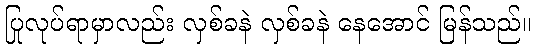
ပြုလုပ်ရာမှာလည်း လှစ်ခနဲ လှစ်ခနဲ နေအောင် မြန်သည်။